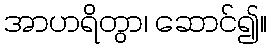
အာဟရိတွာ၊ ဆောင်၍။